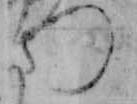
つ